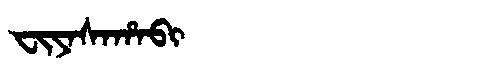
Manchu: ᠸᡳᠶᠠᠰᠠᡥᠠᠪᡳ
Romanization: FIYASAHABI